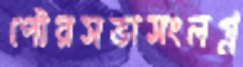
পৌরসভাসংলগ্ন